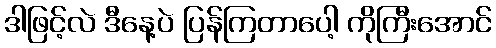
ဒါဖြင့်လဲ ဒီနေ့ပဲ ပြန်ကြတာပေါ့ ကိုကြီးအောင်